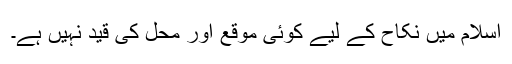
اسلام میں نکاح کے لیے کوئی موقع اور محل کی قید نہیں ہے۔